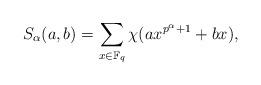
LaTeX: \begin{align*} S_{\alpha}(a,b)=\sum_{x\in\mathbb{F}_{q}}\chi(ax^{p^{\alpha}+1}+bx), \end{align*}